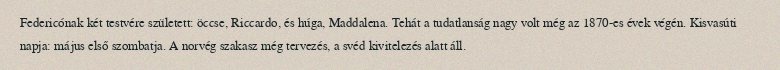
Federicónak két testvére született: öccse, Riccardo, és húga, Maddalena. Tehát a tudatlanság nagy volt még az 1870-es évek végén. Kisvasúti napja: május első szombatja. A norvég szakasz még tervezés, a svéd kivitelezés alatt áll.